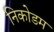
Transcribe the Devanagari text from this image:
निकोडम